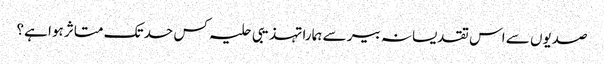
صدیوں سے اس تقدیسانہ بیر سے ہمارا تہذیبی حلیہ کس حد تک متاثر ہوا ہے؟